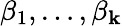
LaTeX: \beta_{1},\ldots,\beta_{\mathbf{k}}